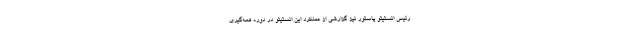
رئیس انستیتو پاستور نیز گزارشی از عملکرد این انستیتو در دوره همه‌گیری